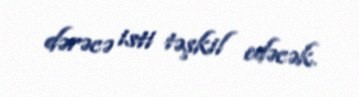
dərəcə isti təşkil edəcək.